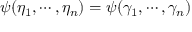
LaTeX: \psi ( \eta _ { 1 } , \cdots , \eta _ { n } ) = \psi ( \gamma _ { 1 } , \cdots , \gamma _ { n } )